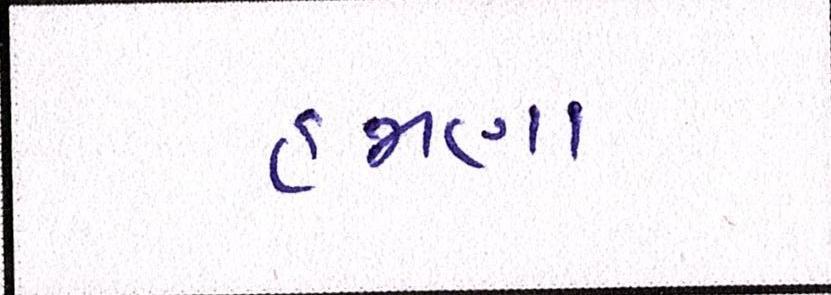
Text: હમણા